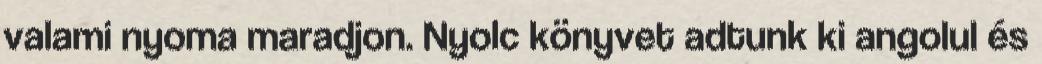
valami nyoma maradjon. Nyolc könyvet adtunk ki angolul és